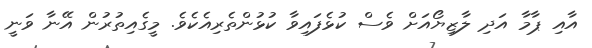
އާއި ޕާމާ އަދި ލާޒިޔޯއަށް ވެސް ކުޅެފައިވާ ކުޅުންތެރިއެކެވެ. މީގެއިތުރުން އޭނާ ވަނީ